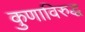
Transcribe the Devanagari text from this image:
कुणाविरुद्ध